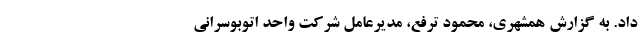
داد. به گزارش همشهری‌، محمود ترفع، مدیرعامل شرکت واحد اتوبوسرانی